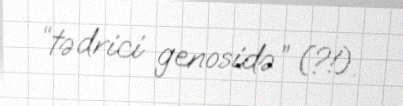
“tədrici genosidə” (?!).